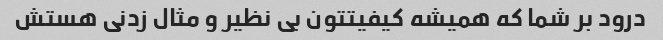
درود بر شما که همیشه کیفیتتون بی نظیر و مثال زدنی هستش